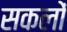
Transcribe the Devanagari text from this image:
सकलों